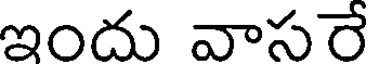
ఇందు వాసరే